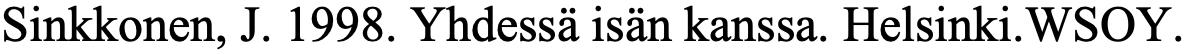
Sinkkonen, J. 1998. Yhdessä isän kanssa. Helsinki.WSOY.